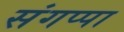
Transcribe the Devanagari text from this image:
संगप्पा